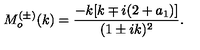
M _ { o } ^ { ( \pm ) } ( k ) = \frac { - k [ k \mp i ( 2 + a _ { 1 } ) ] } { ( 1 \pm i k ) ^ { 2 } } .